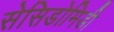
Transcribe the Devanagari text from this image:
सेसिडोमिडी